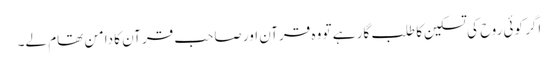
اگر کوئی روح کی تسکین کا طلب گار ہے تو وہ قرآن اور صاحب قرآن کا دامن تھام لے۔